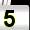
Digit: 5